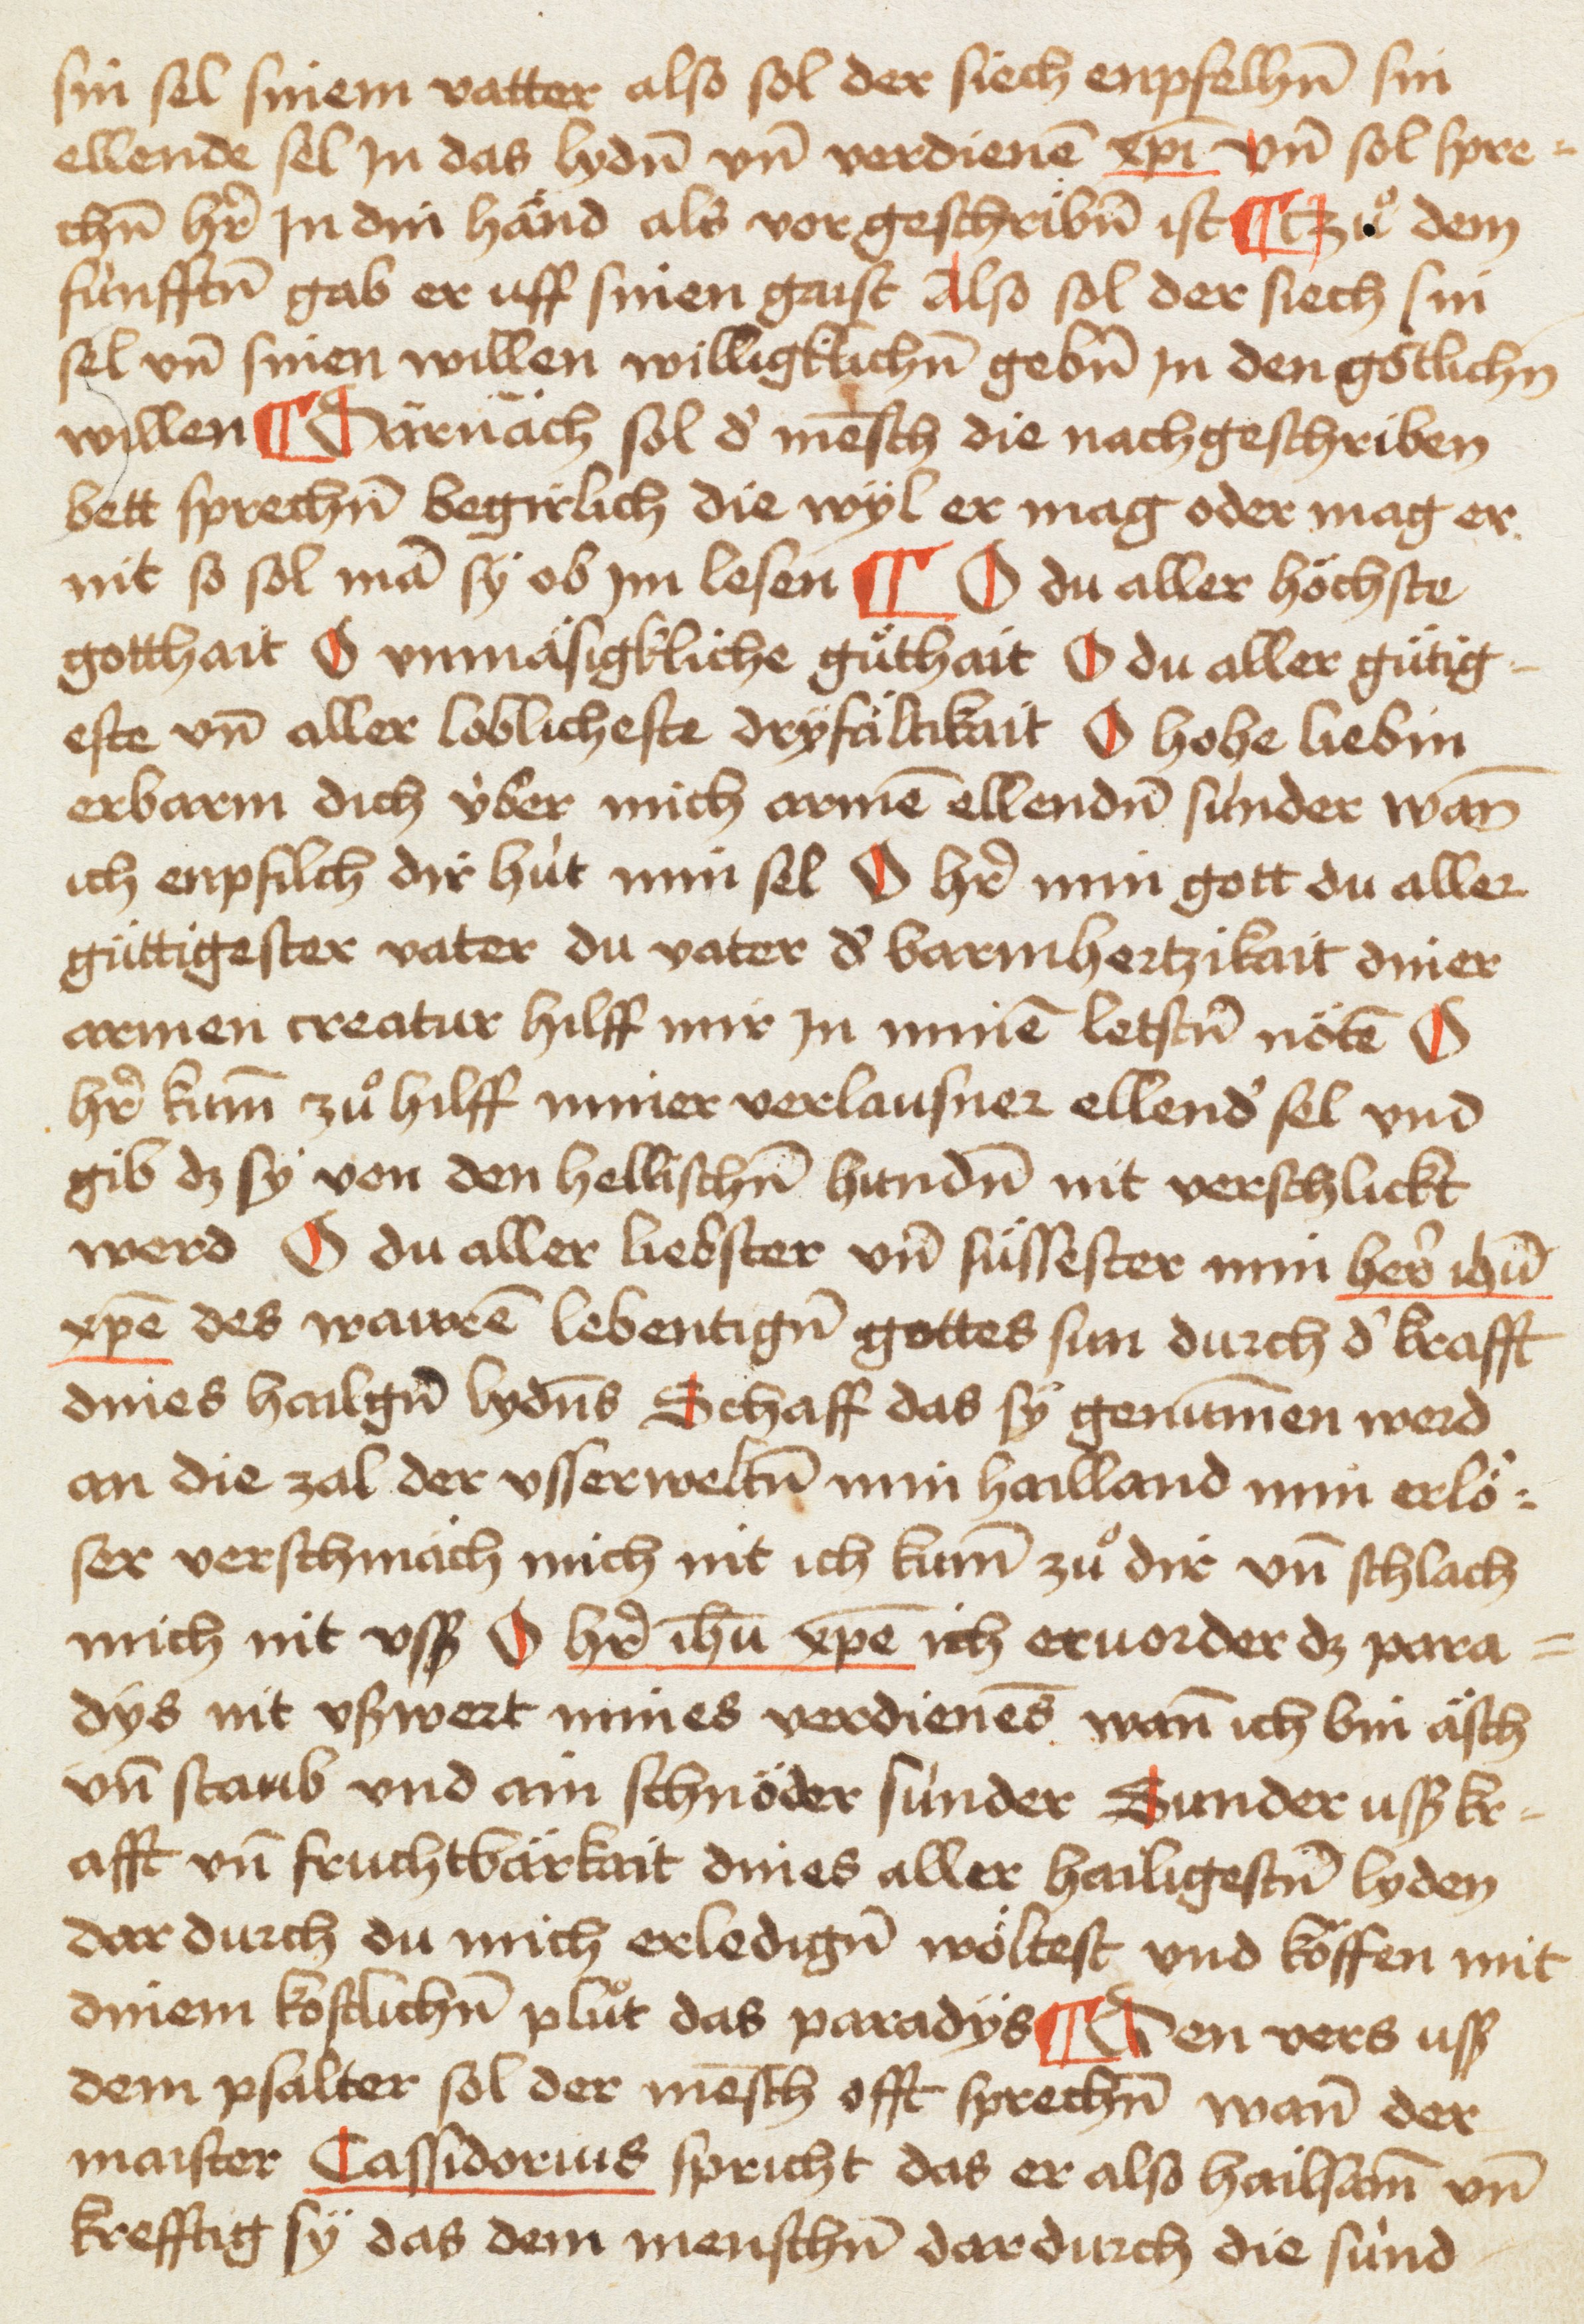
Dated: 1465–1467